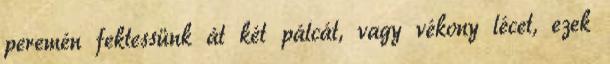
peremén fektessünk át két pálcát, vagy vékony lécet, ezek